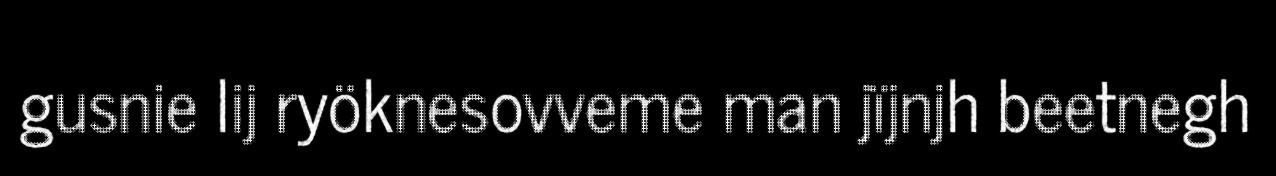
gusnie lij ryöknesovveme man jïjnjh beetnegh